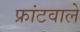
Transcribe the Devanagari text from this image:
फ्रांटवाले